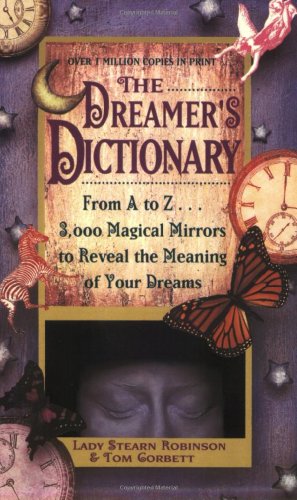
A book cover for Dreamer's Dictionary; Stearn Robinson; Self-Help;